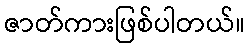
ဇာတ်ကားဖြစ်ပါတယ်။